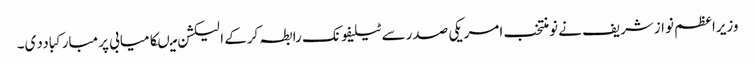
وزیراعظم نوازشریف نے نومنتخب امریکی صدرسے ٹیلیفونک رابطہ کرکے الیکشن میںکامیابی پرمبارکباددی۔